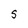
Character: S